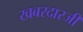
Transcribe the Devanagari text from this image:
खबरदारजी